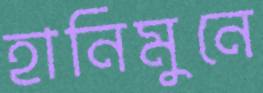
হানিমুনে